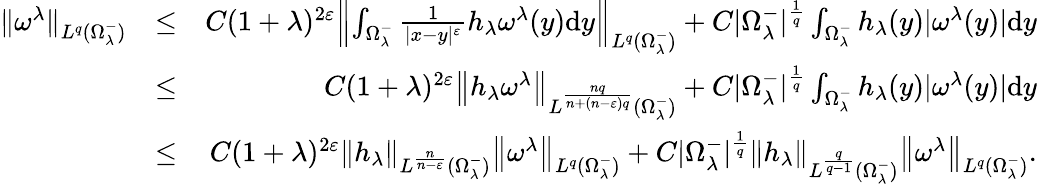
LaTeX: \begin{array}{rlr}{{\| \omega^{\lambda}\| }_{L^{q}(\Omega_{\lambda}^{-})}}&{\leq}&{C(1+\lambda)^{2\varepsilon}{\left\| {\int_{\Omega_{\lambda}^{-}}\frac{1}{|x-y|^{\varepsilon}}h_{\lambda}\omega^{\lambda}(y)\mathrm dy}\right\| }_{L^{q}(\Omega_{\lambda}^{-})}+C|\Omega_{\lambda}^{-}|^{\frac{1}{q}}\int_{\Omega_{\lambda}^{-}}h_{\lambda}(y)|\omega^{\lambda}(y)|\mathrm dy}\\ &{\leq}&{C(1+\lambda)^{2\varepsilon}{\left\| h_{\lambda}\omega^{\lambda}\right\| }_{L^{\frac{nq}{n+(n-\varepsilon)q}}(\Omega_{\lambda}^{-})}+C|\Omega_{\lambda}^{-}|^{\frac{1}{q}}\int_{\Omega_{\lambda}^{-}}h_{\lambda}(y)|\omega^{\lambda}(y)|\mathrm dy}\\ &{\leq}&{C(1+\lambda)^{2\varepsilon}{\left\| h_{\lambda}\right\| }_{L^{\frac{n}{n-\varepsilon}}(\Omega_{\lambda}^{-})}{\left\| \omega^{\lambda}\right\| }_{L^{q}(\Omega_{\lambda}^{-})}+C|\Omega_{\lambda}^{-}|^{\frac{1}{q}}{\left\| h_{\lambda}\right\| }_{L^{\frac{q}{q-1}}(\Omega_{\lambda}^{-})}{\left\| \omega^{\lambda}\right\| }_{L^{q}(\Omega_{\lambda}^{-})}.}\end{array}